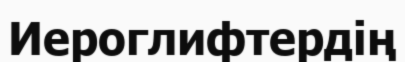
Иероглифтердің